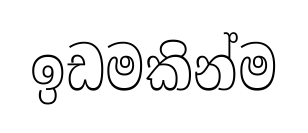
ඉඩමකින්ම